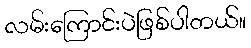
လမ်းကြောင်းပဲဖြစ်ပါတယ်။